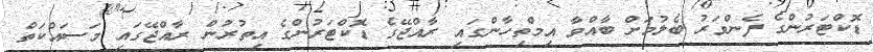
ޑޮކްޓަރުންގެ ފެންވަރު ބެލުމަށް ބާއްވާ އިމްތިހާންގައި ރާއްޖޭގެ ޑޮކްޓަރުންގެ އިތުރުން ރާއްޖޭގައި މަސައްކަތް